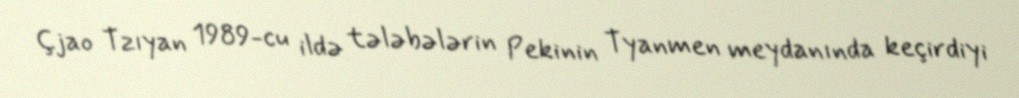
Çjao Tzıyan 1989-cu ildə tələbələrin Pekinin Tyanmen meydanında keçirdiyi